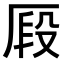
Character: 𠩻